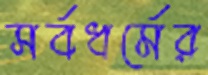
সর্বধর্মের